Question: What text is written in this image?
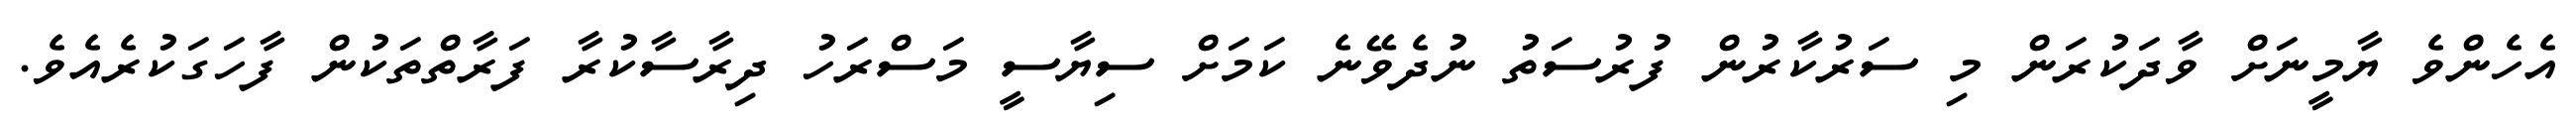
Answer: އެހެންވެ ޔާމީނަށް ވާދަކުރަން މި ސަރުކާރުން ފުރުސަތު ނުދެވޭނެ ކަމަށް ސިޔާސީ މަސްރަހު ދިރާސާކުރާ ފަރާތްތަކުން ފާހަގަކުރެއެވެ.